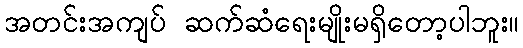
အတင်းအကျပ် ဆက်ဆံရေးမျိုးမရှိတော့ပါဘူး။